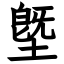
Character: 墍